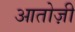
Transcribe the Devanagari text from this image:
आतोज़ी